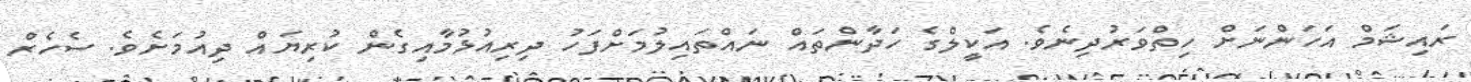
ރައިޝަމް އަހަންނަށް ހިތްވަރުދިނެވެ. އަކީލްގެ ހަދާންތައް ނައްތައިލުމަށްފަހު ދިރިއުޅުމާއިގެން ކުރިޔައް ދިއުމަށެވެ. ސެހެރް